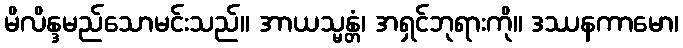
မိလိန္ဒမည်သောမင်းသည်။ အာယသ္မန္တံ၊ အရှင်ဘုရားကို။ ဒဿနကာမော၊